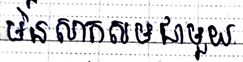
មិនសាកសមជាមួយ